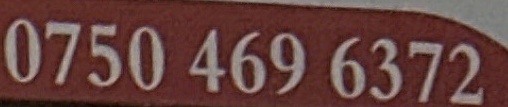
0750 469 6372